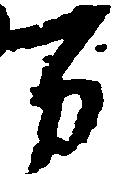
万